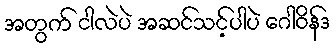
အတွက် ငါလဲပဲ အဆင်သင့်ပါပဲ ဂေါဝိန်ဒ